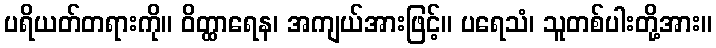
ပရိယတ်တရားကို။ ဝိတ္ထာရေန၊ အကျယ်အားဖြင့်။ ပရေသံ၊ သူတစ်ပါးတို့အား။